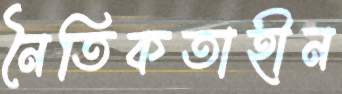
নৈতিকতাহীন